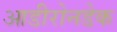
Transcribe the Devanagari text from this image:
आडीरोनडेक